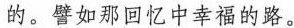
的。譬如那回忆中幸福的路。